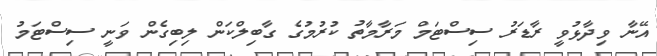
އޭނާ ވިދާޅުވީ ރާޑަރު ސިސްޓަމް މަރާމާތު ކުރުމުގެ ގާބިލްކަން ލިބިގެން ވަނީ ސިސްޓަމު